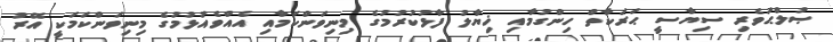
ޞުލްޙަވެރި ސިޔާސީ ޙަރަކާތް ހިންގުމާއި ޚިޔާލު ފާޅުކުރުމުގެ މިނިވަންކަމާއި އެއްވެއުޅުމުގެ މިނިވަންކަމަކީ އޭރު